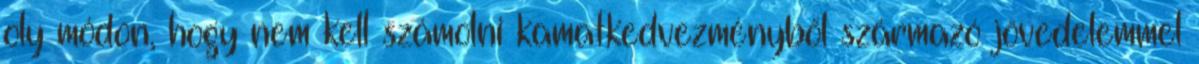
oly módon, hogy nem kell számolni kamatkedvezményből származó jövedelemmel